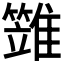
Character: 𩀩